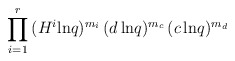
\begin{align*}\prod_{i=1}^r\,(H^i{\rm ln}q)^{m_i}\,(d\,{\rm ln}q)^{m_c}\,(c\,{\rm ln}q)^{m_d}\end{align*}